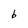
Character: b